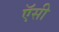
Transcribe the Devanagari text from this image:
ऍसी